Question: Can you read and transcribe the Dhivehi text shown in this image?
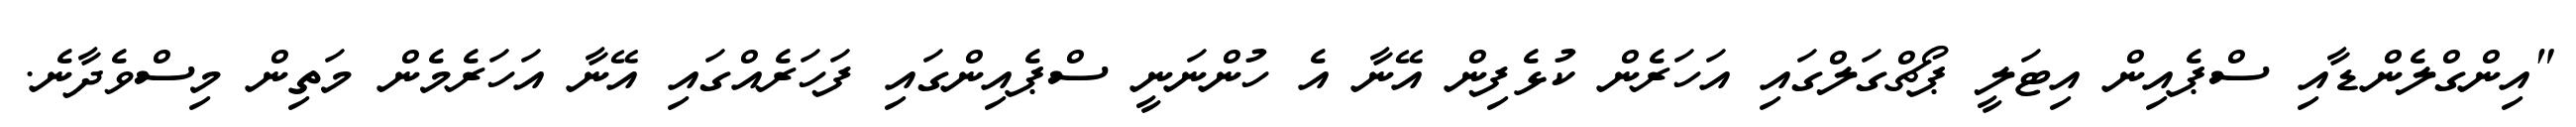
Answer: "އިންގްލެންޑާއި ސްޕެއިން އިޓަލީ ޕޯޗްގަލްގައި އަހަރެން ކުޅެފިން އޭނާ އެ ހުންނަނީ ސްޕެއިންގައި ފަހަރެއްގައި އޭނާ އަހަރެމެން މަތިން މިސްވެދާނެ.